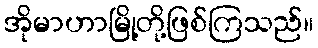
အိုမာဟာမြို့တို့ဖြစ်ကြသည်။